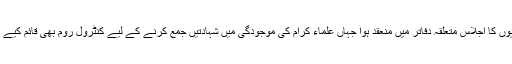
کراچی کے علاوہ دیگر صوبائی اور ضلعی علاقوں میں رویت ہلال کی کمیٹیوں کا اجلاس متعلقہ دفاتر میں منعقد ہوا جہاں علماء کرام کی موجودگی میں شہادتیں جمع کرنے کے لیے کنٹرول روم بھی قائم کیے گئے اور موصول ہونے والی شہادتوں کو مرکزی کابینہ کی طرف بھیجا گیا۔